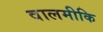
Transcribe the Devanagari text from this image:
वालमीकि